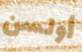
أولسن